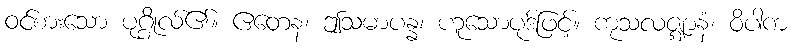
ဝင်စားသော ပုဂ္ဂိုလ်၏။ ဧတေန၊ ဤသမာပန္န၊ ဟူသောပုဒ်ဖြင့်။ ကုသလဇ္ဈာနံ၊ ဝိပါက